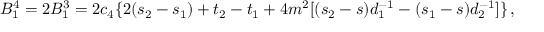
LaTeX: B _ { 1 } ^ { 4 } = 2 B _ { 1 } ^ { 3 } = 2 c _ { 4 } \{ 2 ( s _ { 2 } - s _ { 1 } ) + t _ { 2 } - t _ { 1 } + 4 m ^ { 2 } [ ( s _ { 2 } - s ) d _ { 1 } ^ { - 1 } - ( s _ { 1 } - s ) d _ { 2 } ^ { - 1 } ] \} \, ,